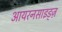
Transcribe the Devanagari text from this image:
आयरनसाइड्ज़